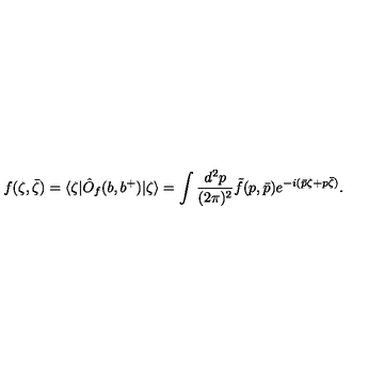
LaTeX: f ( \zeta , { \bar { \zeta } } ) = \langle \zeta | \hat { O } _ { f } ( b , b ^ { + } ) | \zeta \rangle = \int { \frac { d ^ { 2 } p } { ( 2 \pi ) ^ { 2 } } } \tilde { f } ( p , { \bar { p } } ) e ^ { - i ( \bar { p } \zeta + p \bar { \zeta } ) } .